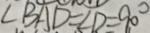
\angle B A D = \angle D = 9 0 ^ { \circ }